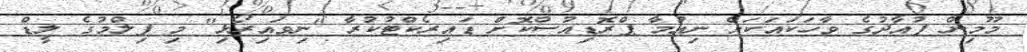
މޫމިން ފުއާދުގެ ވާހަކައަކަށް ނިއުމާ ޕްރޮޑިއުސްކޮށް ޑައިރެކްޓުކުރާ "ނިވައިރޯޅި" މި ފިލްމުގެ ލީޑް